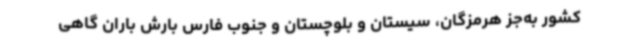
کشور به‌جز هرمزگان، سیستان و بلوچستان و جنوب فارس بارش باران گاهی